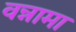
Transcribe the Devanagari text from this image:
वन्नामा